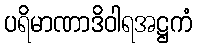
ပရိမာဏာဒိဝါရအဋ္ဌကံ